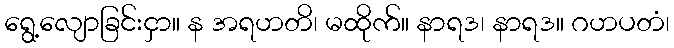
ရွေ့လျောခြင်းငှာ။ န အရဟတိ၊ မထိုက်။ နာရဒ၊ နာရဒ။ ဂဟပတံ၊